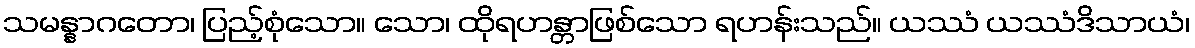
သမန္နာဂတော၊ ပြည့်စုံသော။ သော၊ ထိုရဟန္တာဖြစ်သော ရဟန်းသည်။ ယဿံ ယဿံဒိသာယံ၊